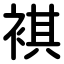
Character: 褀